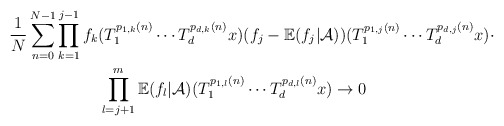
\begin{align*} \frac{1}{N}\sum_{n=0}^{N-1}&\prod_{k=1}^{j-1}f_k(T_{1}^{p_{1,k}(n)}\cdots T_{d}^{p_{d,k}(n)}x)(f_j-\mathbb{E}(f_j|\mathcal{A}))(T_{1}^{p_{1,j}(n)}\cdots T_{d}^{p_{d,j}(n)}x)\cdot\\&\ \ \ \ \ \ \ \ \prod_{l=j+1}^{m}\mathbb{E}(f_{l}|\mathcal{A})(T_{1}^{p_{1,l}(n)}\cdots T_{d}^{p_{d,l}(n)}x)\rightarrow 0 \end{align*}